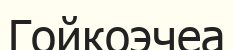
Гойкоэчеа